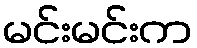
မင်းမင်းက